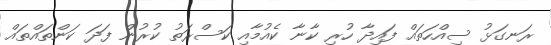
ރަނގަޅު ސިއްހަތައް ފައިދާ ހުރި ކާނާ ކެއުމާއި ކަސްރަތު ކުރުން ފަދަ ކަންތަައްތައް